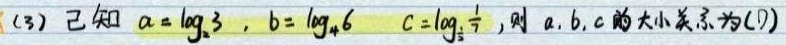
(3) 已知 \(a = \log_{2}3\)，\(b = \log_{4}6\)，\(c = \log_{\frac{1}{2}}\frac{1}{7}\)，则 \(a,b,c\) 的大小关系为(D)